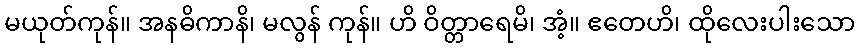
မယုတ်ကုန်။ အနဓိကာနိ၊ မလွန် ကုန်။ ဟိ ဝိတ္တာရေမိ၊ အံ့။ ဧတေဟိ၊ ထိုလေးပါးသော